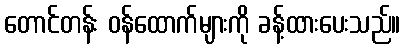
တောင်တန်း ဝန်ထောက်များကို ခန့်ထားပေးသည်။